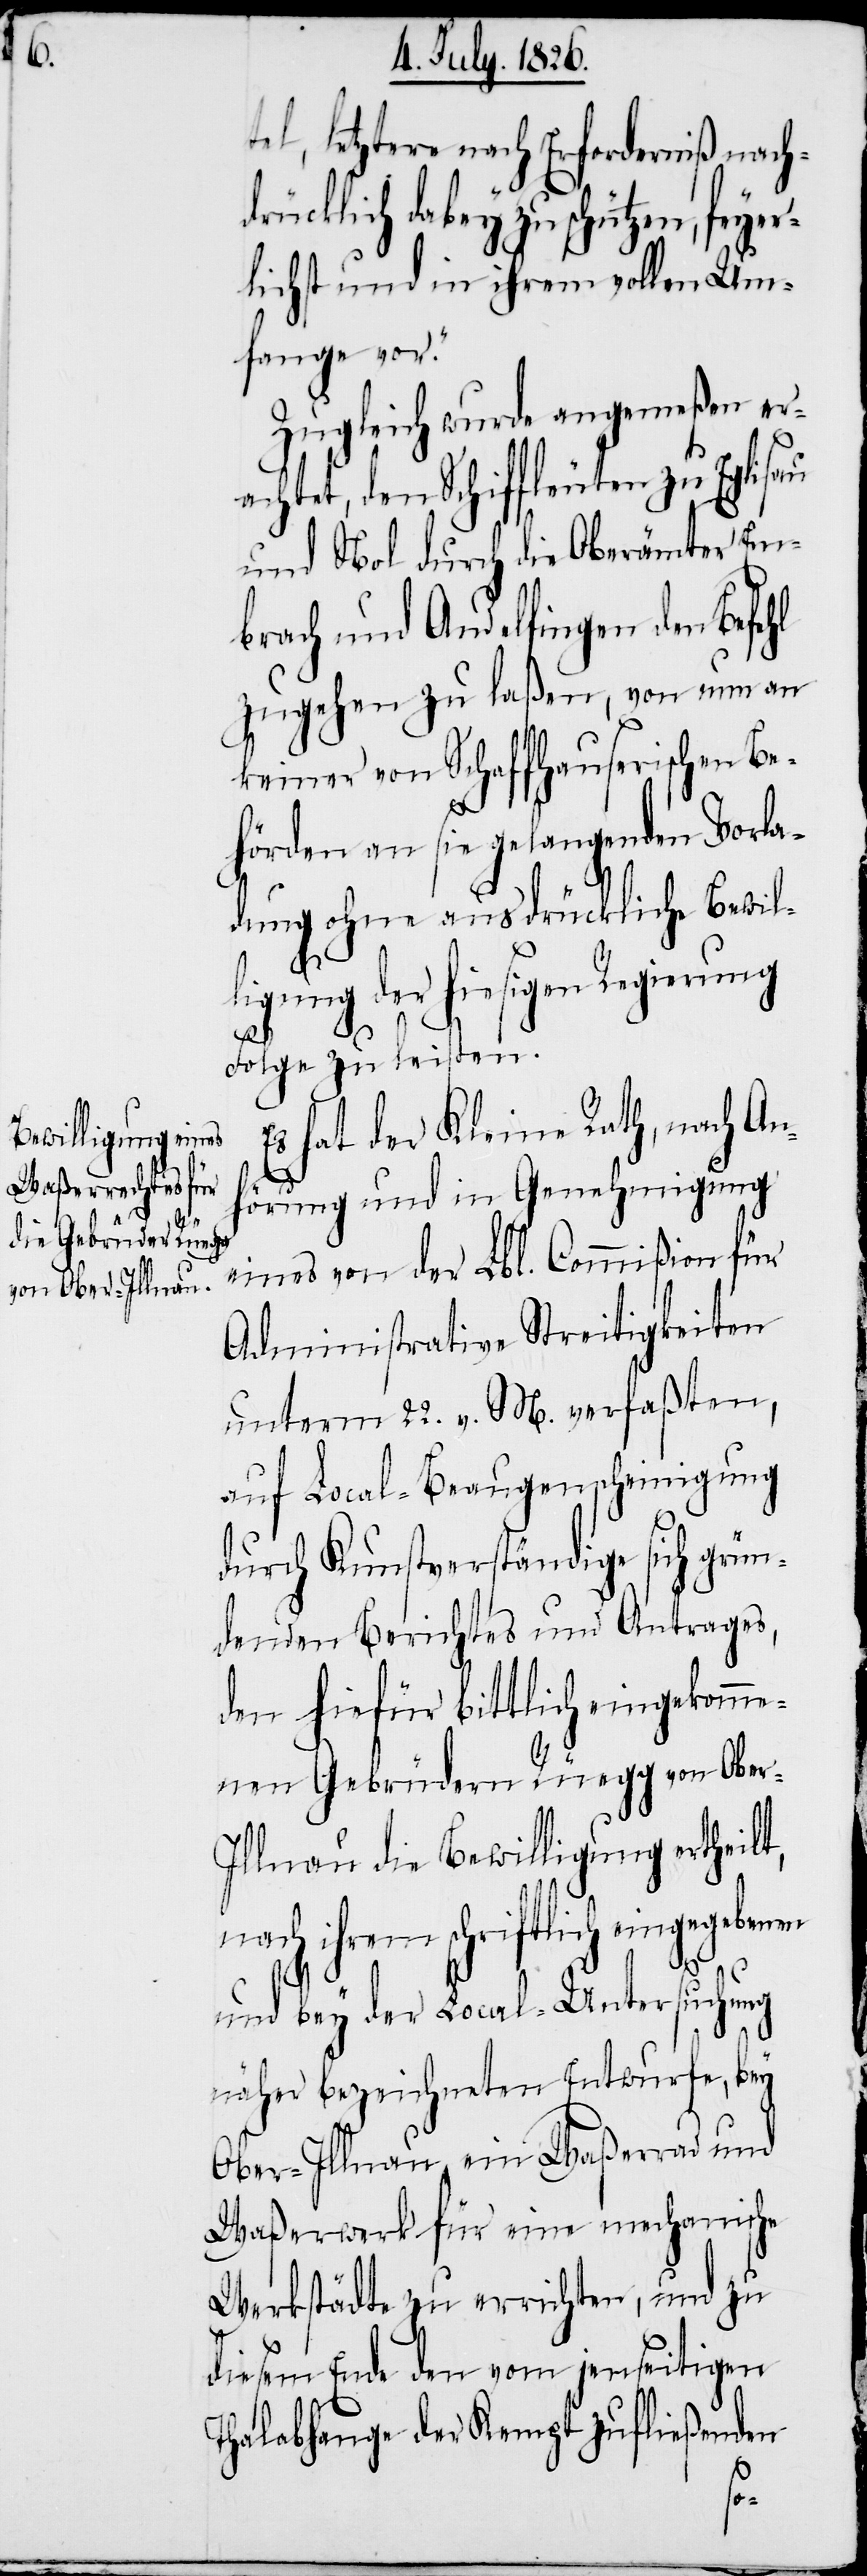
tel, letztere nach Erforderniß nach¬
rücklich dabey zu schützen, fey¬
lichst und in ihrem vollen Um¬
fange vor.“
Zugleich wurde angemeßen er¬
achtet, den Schiffleuten zu Eglisau
und Nol durch die Oberämter Em¬
brach und Andelfingen den Befehl
zugehen zu laßen, von nun an
keiner von Schaffhauserischen Be¬
hörden an sie gelangenden Vorla¬
dung ohne ausdrückliche Bewil¬
ligung der hiesigen Regierung
er¬
t,
Folge zu leisten.
hat der Kleine Rath, nach An¬
hörung und in Genehmigung
eines von der Lbl. Commißion für
Administrative Streitigkeiten
unterm 22. v. M. verfaßten,
auf Local-Beaugenscheinigung
durch Kunstverständige sich grün¬
denden Berichtes und Antrages,
den hiefür bittlich eingekomme¬
nen Gebrüdern Rüegg von Ober-I¬
llnau die Bewilligung ertheil¬
nach ihrem schriftlich eingegeben¬
en
und bey der Local-Untersuchung
näher bezeichneten Entwurfe, bey
Ober-Illnau ein Waßerrad und
Waßerwerk für eine mechanische
Werkstädte zu erreichten, und zu
diesem Ende den vom jenseitigen
Thalabhange der Kempt zufließenden